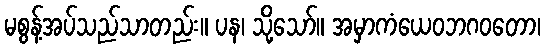
မစွန့်အပ်သည်သာတည်း။ ပန၊ သို့သော်။ အမှာကံယေဝဘဂဝတော၊